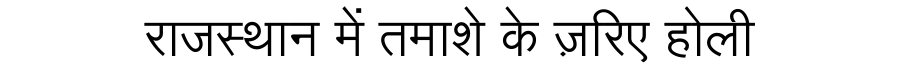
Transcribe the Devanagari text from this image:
राजस्थान में तमाशे के ज़रिए होली